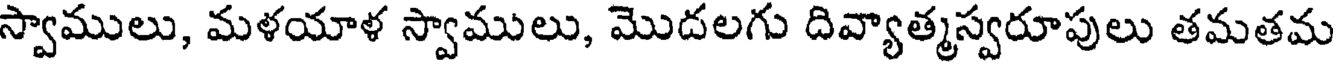
స్వాములు, మళయాళ స్వాములు, మొదలగు దివ్యాత్మస్వరూపులు తమతమ